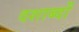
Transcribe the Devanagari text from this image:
दशाब्दों